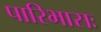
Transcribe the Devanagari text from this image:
पारिभासः